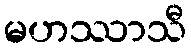
မဟဿာသီ